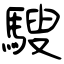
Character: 騪